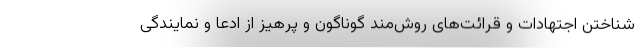
شناختن اجتهادات و قرائت‌های روش‌مند گوناگون و پرهیز از ادعا و نمایندگی